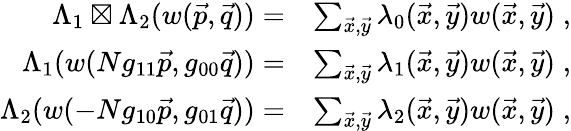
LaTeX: \begin{array}{rl}{\Lambda_{1}\boxtimes\Lambda_{2}(w(\vec{p},\vec{q}))=}&{\sum_{\vec{x},\vec{y}}\lambda_{0}(\vec{x},\vec{y})w(\vec{x},\vec{y})\; ,}\\ {\Lambda_{1}(w(Ng_{11}\vec{p},g_{00}\vec{q}))=}&{\sum_{\vec{x},\vec{y}}\lambda_{1}(\vec{x},\vec{y})w(\vec{x},\vec{y})\; ,}\\ {\Lambda_{2}(w(-Ng_{10}\vec{p},g_{01}\vec{q}))=}&{\sum_{\vec{x},\vec{y}}\lambda_{2}(\vec{x},\vec{y})w(\vec{x},\vec{y})\; ,}\end{array}